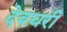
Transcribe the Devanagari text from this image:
देवघरी